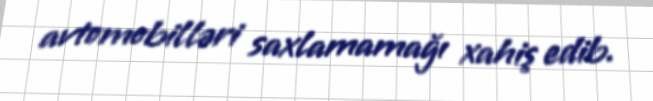
avtomobilləri saxlamamağı xahiş edib.